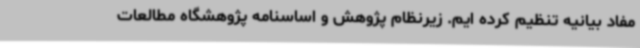
مفاد بیانیه تنظیم کرده ایم. زیرنظام پژوهش و اساسنامه پژوهشگاه مطالعات